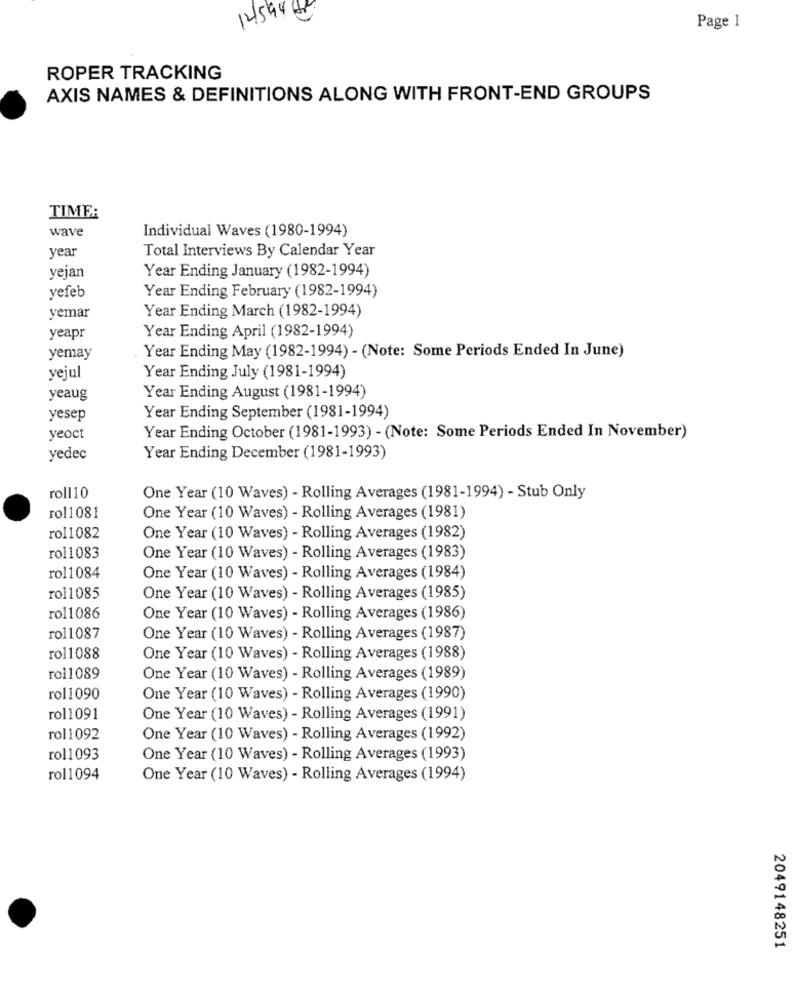
12594 5
Page 1
ROPER TRACKING
AXIS NAMES & DEFINITIONS ALONG WITH FRONT-END GROUPS
TIME:
wave
Individual Waves (1980-1994)
year
Total Interviews By Calendar Year
yejan
Year Ending January (1982-1994)
yefeb
Year Ending February (1982-1994)
yemar
Year Ending March (1982-1994)
yeapr
Year Ending April (1982-1994)
yemay
Year Ending May (1982-1994) - (Note: Some Periods Ended In June)
yejul
Year Ending July (1981-1994)
yeaug
Year Ending August (1981-1994)
yesep
Year Ending September (1981-1994)
yeoct
Year Ending October (1981-1993) - (Note: Some Periods Ended In November)
yedec
Year Ending December (1981-1993)
roll10
One Year (10 Waves) - Rolling Averages (1981-1994) - Stub Only
rol1081
One Year (10 Waves) - Rolling Averages (1981)
rol1082
One Year (10 Waves) - Rolling Averages (1982)
rol1083
One Year (10 Waves) - Rolling Averages (1983)
rol1084
One Year (10 Waves) - Rolling Averages (1984)
rol1085
One Year (10 Waves) - Rolling Averages (1985)
rol1086
One Year (10 Waves) - Rolling Averages (1986)
rol1087
One Year (10 Waves) - Rolling Averages (1987)
rol1088
One Year (10 Waves) - Rolling Averages (1988)
rol1089
One Year (10 Waves) - Rolling Averages (1989)
rol1090
One Year (10 Waves) - Rolling Averages (1990)
rol1091
One Year (10 Waves) - Rolling Averages (1991)
rol1092
One Year (10 Waves) - Rolling Averages (1992)
rol1093
One Year (10 Waves) - Rolling Averages (1993)
rol1094
One Year (10 Waves) - Rolling Averages (1994)
2049148251